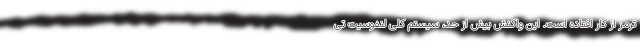
ترمز از کار افتاده است. این واکنش بیش از حد، سیستم کلی لنفوسیت تی